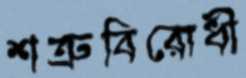
শত্রুবিরোধী